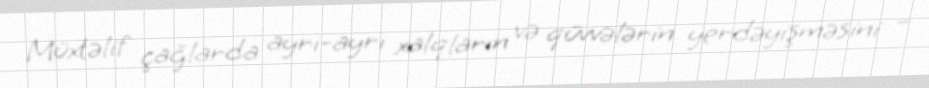
Müxtəlif çağlarda ayrı-ayrı xalqların və qüvvələrin yerdəyişməsini –